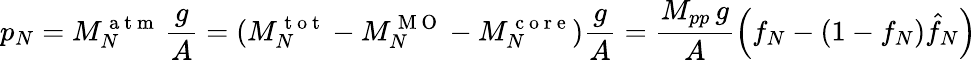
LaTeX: p_{N}=M_{N}^{\mathrm{~a~t~m~}}\, \frac{g}{A}=(M_{N}^{\mathrm{~t~o~t~}}-M_{N}^{\mathrm{~M~O~}}-M_{N}^{\mathrm{~c~o~r~e~}})\frac{g}{A}=\frac{M_{pp}\, g}{A}\left(f_{N}-(1-f_{N})\hat{f}_{N}\right)